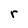
Character: r